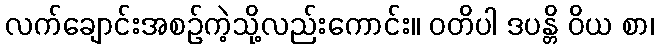
လက်ချောင်းအစဉ်ကဲ့သို့လည်းကောင်း။ ဝတိပါ ဒပန္တိ ဝိယ စာ၊